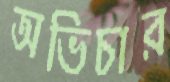
অভিচার